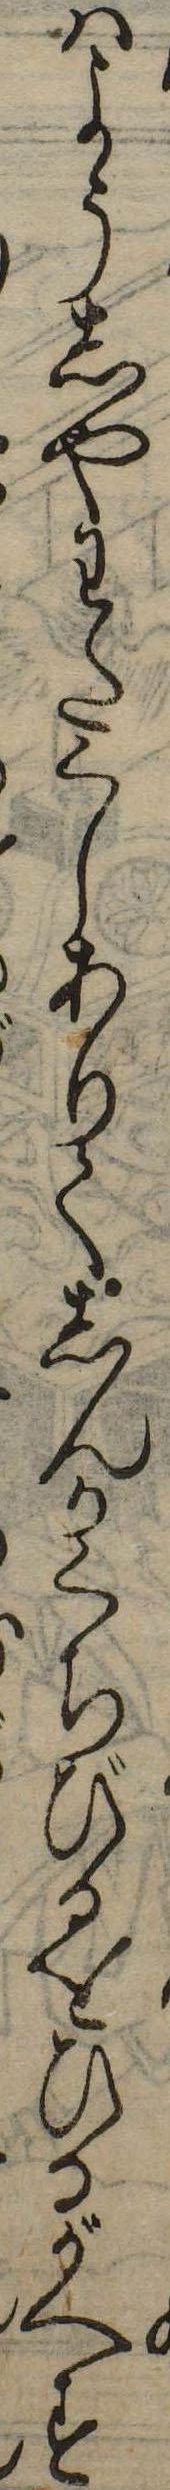
はようしやわたくしありてしんかくちびるをひるがへす